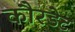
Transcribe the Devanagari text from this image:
कौरडेट